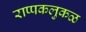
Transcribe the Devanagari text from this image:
राप्पकलुकळ